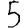
Digit: 5